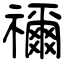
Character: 禰